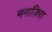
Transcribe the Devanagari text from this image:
मनाज़िरा